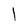
Character: I